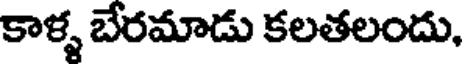
కాళ్ళ బేరమాడు కలతలందు,